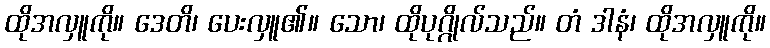
ထိုအလှူကို။ ဒေတိ၊ ပေးလှူ၏။ သော၊ ထိုပုဂ္ဂိုလ်သည်။ တံ ဒါနံ၊ ထိုအလှူကို။